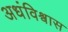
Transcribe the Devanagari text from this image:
अधंविश्वास